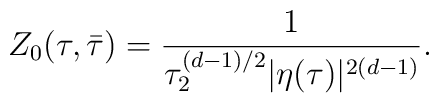
Z_0(\tau,\bar{\tau})= \frac{1}{\tau_2^{(d-1)/2}|\eta(\tau)|^{2(d-1)}}.